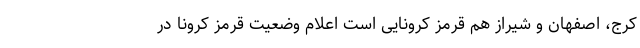
کرج، اصفهان و شیراز هم قرمز کرونایی است اعلام وضعیت قرمز کرونا در